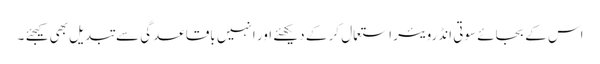
اس کے بجائے سوتی انڈرویئر استعمال کر کے دیکھئے اور انہیں باقاعدگی سے تبدیل بھی کیجئے ۔